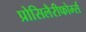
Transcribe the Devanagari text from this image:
प्रोसिलैरीफोर्म्स